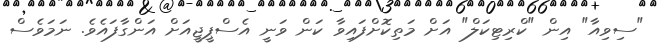
"ސިވިއާ" އިން "ކްރިޓިކަލް" އަށް މަތިކޮށްފައިވާ ކަން ވަނީ އެސްޕީޖީއަށް އަންގާފައެވެ. ނަމަވެސް